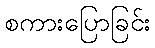
စကားပြောခြင်း